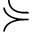
\curlyeqsucc